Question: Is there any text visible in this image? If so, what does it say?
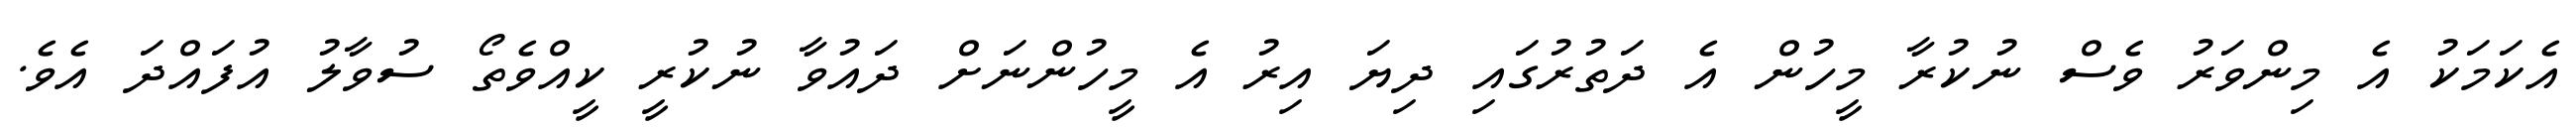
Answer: އެކަމަކު އެ މިންވަރު ވެސް ނުކުރާ މީހުން އެ ދަތުރުގައި ދިޔަ އިރު އެ މީހުންނަށް ދައުވާ ނުކުރީ ކީއްވެތޯ ސުވާލު އުފައްދަ އެވެ.